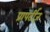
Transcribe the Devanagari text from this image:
प्रापर्टीज़